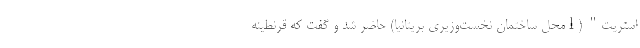
استریت" (lمحل ساختمان نخست‌وزیری بریتانیا) حاضر شد و گفت که قرنطینه